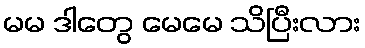
မမ ဒါတွေ မေမေ သိပြီးလား